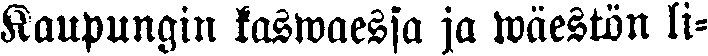
Kaupungin kaswaessa ja wäestön li-